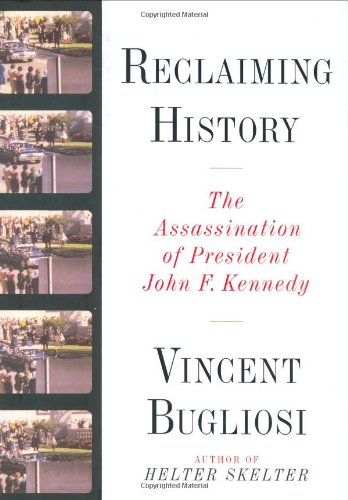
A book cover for Reclaiming History: The Assassination of President John F. Kennedy; Vincent Bugliosi; Biographies & Memoirs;